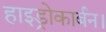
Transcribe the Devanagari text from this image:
हाइड्रोकार्बन।